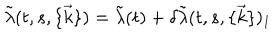
\tilde { \lambda } ( t , s , \{ \vec { k } \} ) = \tilde { \lambda } ( t ) + \delta \tilde { \lambda } ( t , s , \{ \vec { k } \} ) _ { 1 }